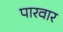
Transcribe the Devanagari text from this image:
पारवार